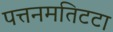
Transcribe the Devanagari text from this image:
पत्तनमतिटटा